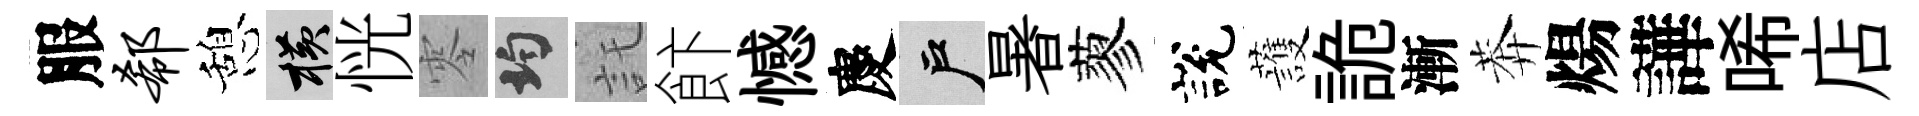
服欷憩横恍零均託飰憾慶户暑蓼說䕶詭漸莾煬譁唏店